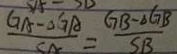
\frac { G A - \Delta G A } { S A } = \frac { G B - \Delta G B } { S B }